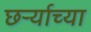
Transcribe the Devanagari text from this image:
छर्ऱ्याच्या